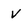
Character: V